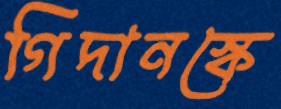
গিদানস্কে